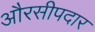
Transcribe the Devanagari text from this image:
औरसीपदार